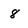
Character: 8